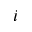
i